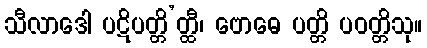
သီလာဒေါ ပဋိပတ္တိ’တ္ထီ၊ ဗောဓေ ပတ္တိ ပဝတ္တိသု။